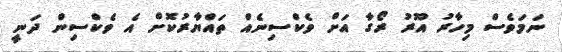
ނަމަވެސް މިހާރު އޫރު ރޯގާ އަށް ވެކްސިނެއް ތައްޔާރުކޮށް އެ ވެކްސިން ދަނީ